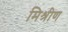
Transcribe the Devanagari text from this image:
मिश्रीण